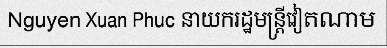
Nguyen Xuan Phuc នាយករដ្ឋមន្ត្រីវៀតណាម